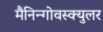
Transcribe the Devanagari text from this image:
मैनिन्गोवस्क्युलर